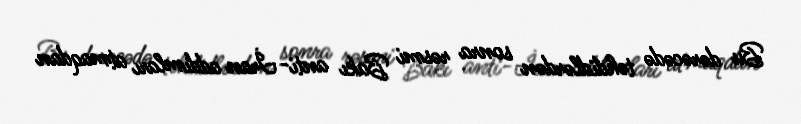
Bu dərəcədə təhdidlərdən sonra rəsmi Bakı anti-İran addımları atmaqdan